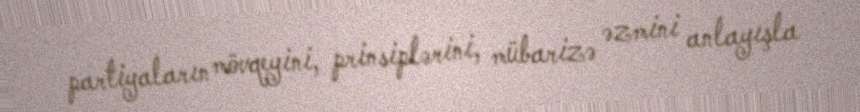
partiyaların mövqeyini, prinsiplərini, mübarizə əzmini anlayışla